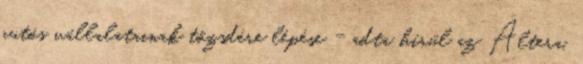
autós vállalatainak tőzsdére lépése - adta hírül az Altera,